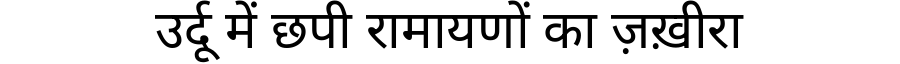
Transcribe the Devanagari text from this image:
उर्दू में छपी रामायणों का ज़ख़ीरा